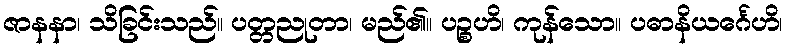
ဇာနနာ၊ သိခြင်းသည်။ ပတ္တညုတာ၊ မည်၏။ ပဉ္စဟိ၊ ကုန်သော။ ပဓာနိယင်္ဂေဟိ၊